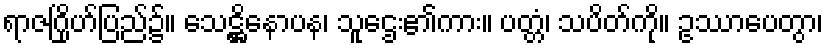
ရာဇဂြိုဟ်ပြည်၌။ သေဋ္ဌိနောပန၊ သူဌေး၏ကား။ ပတ္တံ၊ သပိတ်ကို။ ဥဿာပေတွာ၊